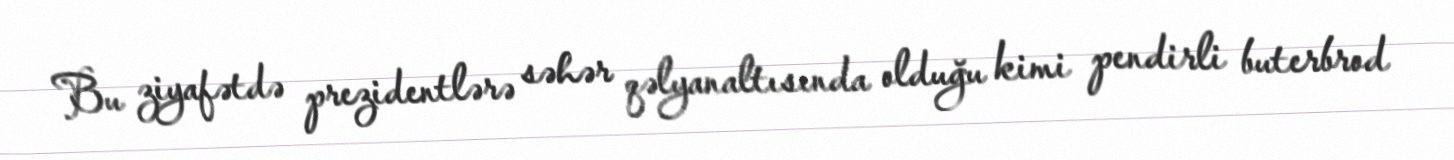
Bu ziyafətdə prezidentlərə səhər qəlyanaltısında olduğu kimi pendirli buterbrod